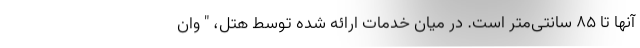
آنها تا ۸۵ سانتی‌متر است. در میان خدمات ارائه شده توسط هتل، " وان